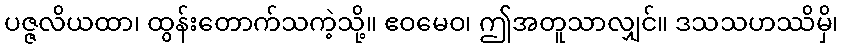
ပဇ္ဇလိယထာ၊ ထွန်းတောက်သကဲ့သို့။ ဧဝမေဝ၊ ဤအတူသာလျှင်။ ဒသသဟဿိမှိ၊